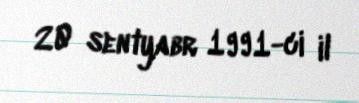
20 sentyabr 1991-ci il